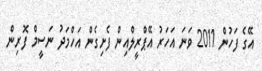
އޭގެ ފަހުން 2011 ވަނަ އަހަރު އޭޕްރީލްއިން ފެށިގެން އަހްމަދު ނަސީމް ފޮރިން